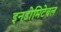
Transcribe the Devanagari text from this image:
इनडोमिटेबल